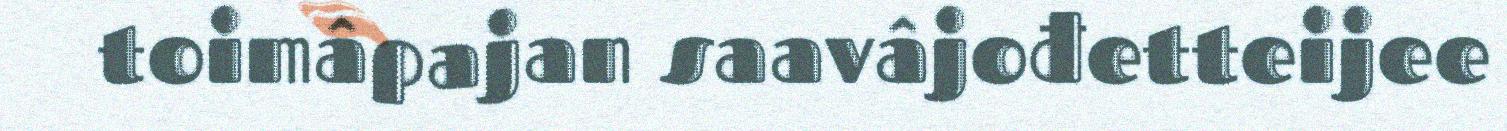
toimâpajan saavâjođetteijee